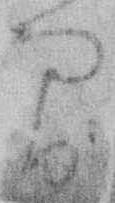
間